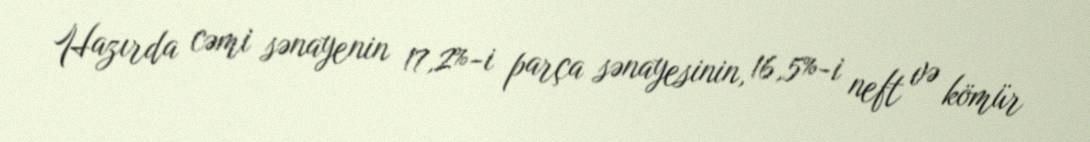
Hazırda cəmi sənayenin 17,2%-i parça sənayesinin, 16,5%-i neft və kömür